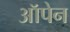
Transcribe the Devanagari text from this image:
ऑपेन